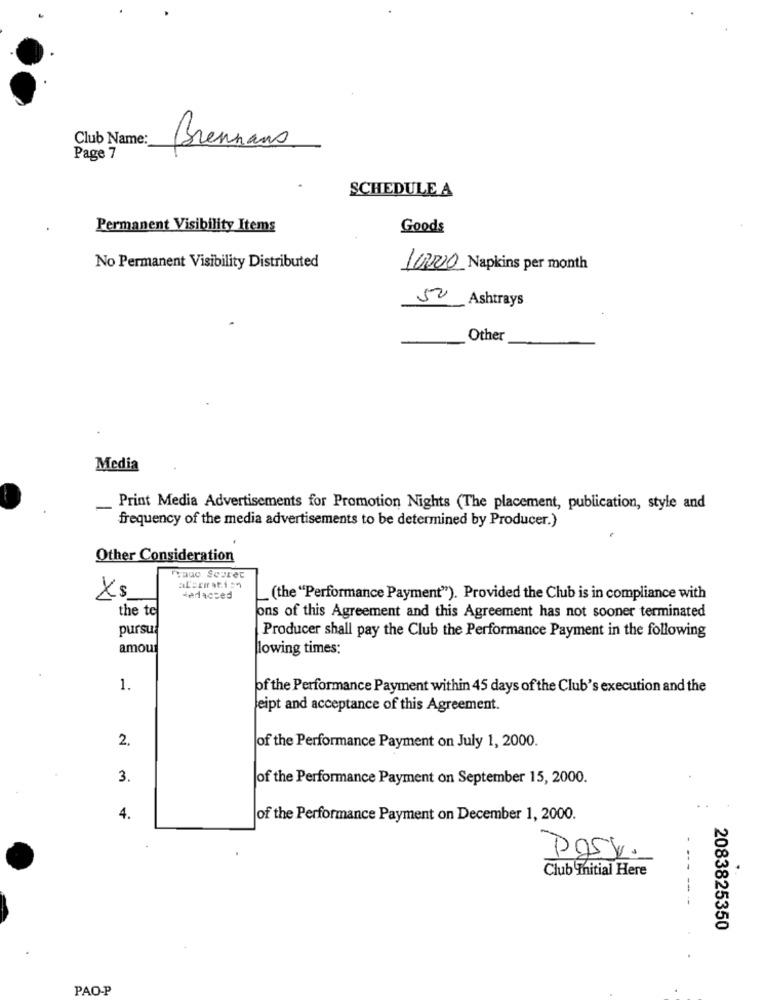
Club Name:
Brennans
Page 7
SCHEDULE A
Permanent Visibility Items
Goods
No Permanent Visibility Distributed
10000 Napkins per month
50 Ashtrays
-
Other
Media
-
Print Media Advertisements for Promotion Nights (The placement, publication, style and
frequency of the media advertisements to be determined by Producer.)
Other Consideration
Frago Seprec
alerration
Xs
teracced
(the "Performance Payment"). Provided the Club is in compliance with
the te
ons of this Agreement and this Agreement has not sooner terminated
pursu
Producer shall pay the Club the Performance Payment in the following
amou
lowing times:
1.
of the Performance Payment within 45 days of the Club's execution and the
eipt and acceptance of this Agreement.
2.
of the Performance Payment on July 1, 2000.
3.
of the Performance Payment on September 15, 2000.
4.
of the Performance Payment on December 1, 2000.
Club Thitial Here
2083825350
PAO-P